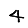
Digit: 4